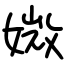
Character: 媺